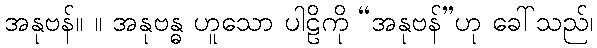
အနုဗန်။ ။ အနုဗန္ဓ ဟူသော ပါဠိကို “အနုဗန်”ဟု ခေါ်သည်၊